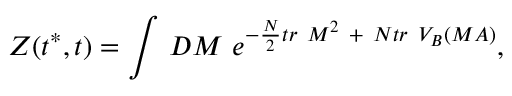
Z ( t ^ { * } , t ) = \int \, { \cal D } M \ e ^ { - { \frac { N } { 2 } } t r ~ M ^ { 2 } \ + \ N t r ~ V _ { B } ( M A ) } ,